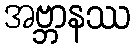
အဗ္ဘာနဿ